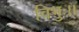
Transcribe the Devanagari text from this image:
विभुः।।